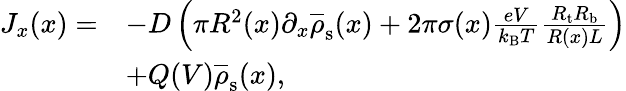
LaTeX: \begin{array}{rl}{J_{x}(x)=}&{-D\left(\pi R^{2}(x)\partial_{x}\overline{{\rho}}_{\mathrm{s}}(x)+2\pi\sigma(x)\frac{eV}{k_{\mathrm{B}}T}\frac{R_{\mathrm{t}}R_{\mathrm{b}}}{R(x)L}\right)}\\ &{+Q(V)\overline{{\rho}}_{\mathrm{s}}(x),}\end{array}